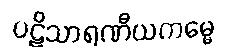
ပဋိသာရဏီယကမ္မေ